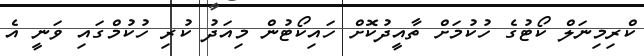
ކްރިމިނަލް ކޯޓުގެ ހުކުމަށް ތާއީދުކޮށް ހައިކޯޓުން މިއަދު ކުރި ހުކުމްގައި ވަނީ އެ